Indian journal of veterinary science and animal husbandry - Volumes 26-27, 1956-1957
Year: 1956
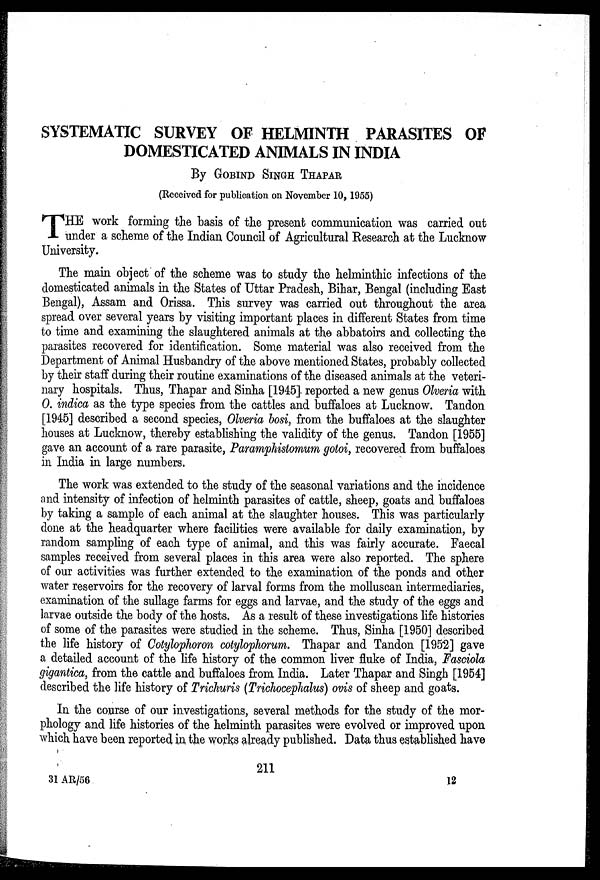
SYSTEMATIC SURVEY OF HELMINTH PARASITES OF
DOMESTICATED ANIMALS IN INDIA
By GOBIND SINGH THAPAR
(Received for publication on November 10, 1955)
T HE work forming the basis of the present communication was carried out
under a scheme of the Indian Council of Agricultural Research at the Lucknow
University.
The main object of the scheme was to study the helminthic infections of the
domesticated animals in the States of Uttar Pradesh, Bihar, Bengal (including East
Bengal), Assam and Orissa. This survey was carried out throughout the area
spread over several years by visiting important places in different States from time
to time and examining the slaughtered animals at the abbatoirs and collecting the
parasites recovered for identification. Some material was also received from the
Department of Animal Husbandry of the above mentioned States, probably collected
by their staff during their routine examinations of the diseased animals at the veteri-
nary hospitals. Thus, Thapar and Sinha [1945]. reported a new genus Olveria with
O. indica as the type species from the cattles and buffaloes at Lucknow. Tandon
[1945] described a second species, Olveria bosi, from the buffaloes at the slaughter
houses at Lucknow, thereby establishing the validity of the genus. Tandon [1955]
gave an account of a rare parasite, Paramphistomum gotoi, recovered from buffaloes
in India in large numbers.
The work was extended to the study of the seasonal variations and the incidence
and intensity of infection of helminth parasites of cattle, sheep, goats and buffaloes
by taking a sample of each animal at the slaughter houses. This was particularly
done at the headquarter where facilities were available for daily examination, by
random sampling of each type of animal, and this was fairly accurate. Faecal
samples received from several places in this area were also reported. The sphere
of our activities was further extended to the examination of the ponds and other
water reservoirs for the recovery of larval forms from the molluscan intermediaries,
examination of the sullage farms for eggs and larvae, and the study of the eggs and
larvae outside the body of the hosts. As a result of these investigations life histories
of some of the parasites were studied in the scheme. Thus, Sinha [1950] described
the life history of Cotylophoron cotylophorum. Thapar and Tandon [1952] gave
a detailed account of the life history of the common liver fluke of India, Fasciola
gigantica, from the cattle and buffaloes from India. Later Thapar and Singh [1954]
described the life history of Trichuris (Trichocephalus) ovis of sheep and goats.
In the course of our investigations, several methods for the study of the mor-
phology and life histories of the helminth parasites were evolved or improved upon
which have been reported in the works already published. Data thus established have
211
31 AR/56
12